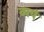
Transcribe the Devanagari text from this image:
व्ययं